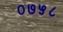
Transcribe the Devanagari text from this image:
०७५८